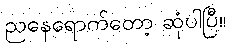
ညနေရောက်တော့ ဆုံပါပြီ။